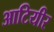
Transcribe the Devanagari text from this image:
आटियीर